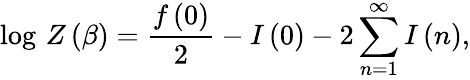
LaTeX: \log\, Z\left(\beta\right)=\frac{f\left(0\right)}{2}-I\left(0\right)-2\sum_{n=1}^{\infty}I\left(n\right),